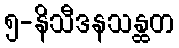
၅-နိသီဒနသန္ထတ